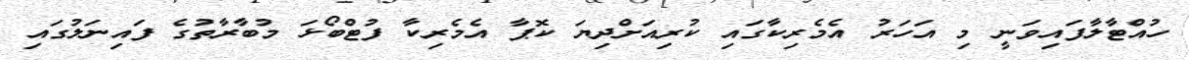
ހުއްޓާލާފައިވަނީ މި އަހަރު އެމެރިކާގައި ކުރިއަށްދިޔަ ކޮޕާ އެމެރިކާ ފުޓްބޯޅަ މުބާރާތުގެ ފައިނަލުގައި